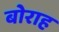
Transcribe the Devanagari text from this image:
बोराह